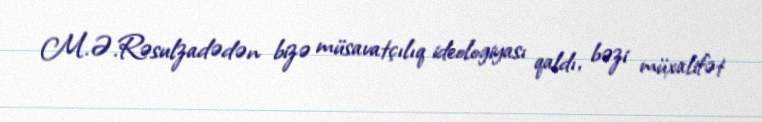
M.Ə.Rəsulzadədən bizə müsavatçılıq ideologiyası qaldı, bəzi müxalifət